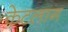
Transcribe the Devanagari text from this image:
केटलाग